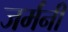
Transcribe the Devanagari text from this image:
जर्मंनी